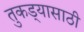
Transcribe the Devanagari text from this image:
तुकड्यासाठी